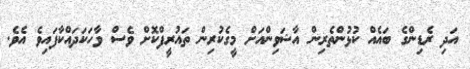
އަދި ރެޑިންގެ ބައެއް ކުޅުންތެރިން އާޝަވިންއަށް މީގެކުރިން ތައުރީފްކޮށް ވެސް ވާހަކަދައްކާފައިވެ އެވެ.